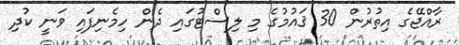
ރާއްޖޭގެ އިތުރުން 30 ޤައުމުގެ މި ލިސްޓުގައި ދެން ހިމެނިފައި ވަނީ ކުދި